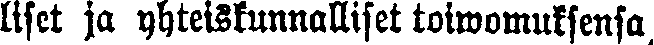
liset ja yhteiskunnalliset toiwomuksensa,